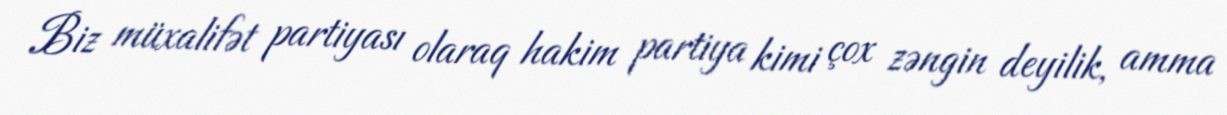
Biz müxalifət partiyası olaraq hakim partiya kimi çox zəngin deyilik, amma